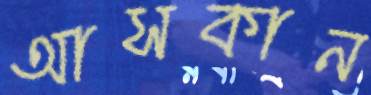
আসকান